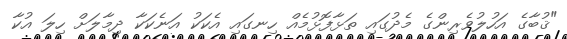
"ޤުބާގެ އަހުލުވެރިންގެ މެދުގައި ތަޅާފޮޅުމެއް ހިނގައި އެކަކު އަނެކަކާ ދިމާލަށް ހިލަ އުކާ